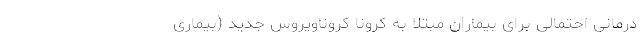
درمانی احتمالی برای بیماران مبتلا به کرونا کروناویروس جدید (بیماری